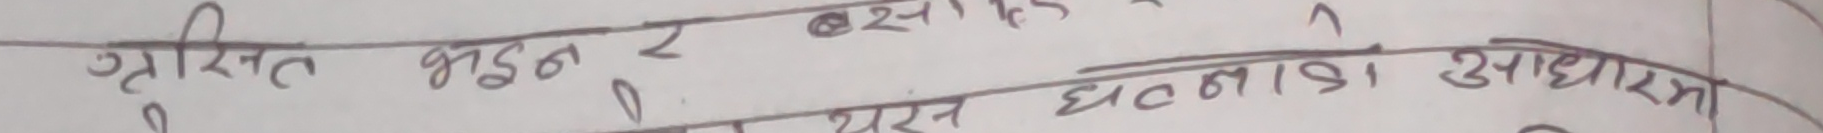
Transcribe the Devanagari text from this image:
उत्तरित भइन र् @ खाड ?
पस घटनाको आधारमा